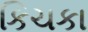
કિચકા